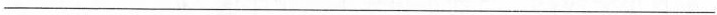
___